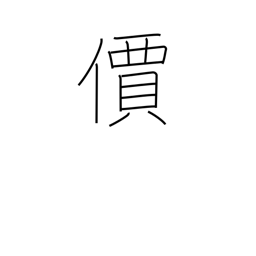
Meaning: value